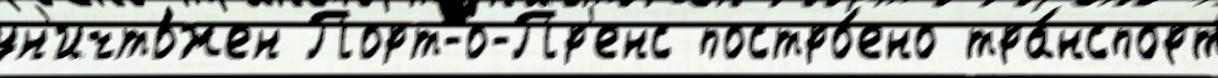
ун'ичто́жен Порт-о-Пр'енс постро́ено тра́нспорт